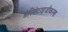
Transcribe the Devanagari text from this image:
डेरिवेटाइजीकरण